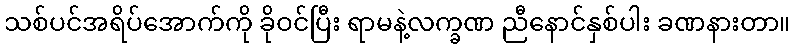
သစ်ပင်အရိပ်အောက်ကို ခိုဝင်ပြီး ရာမနဲ့လက္ခဏ ညီနောင်နှစ်ပါး ခဏနားတာ။